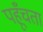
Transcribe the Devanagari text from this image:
पहूँचता